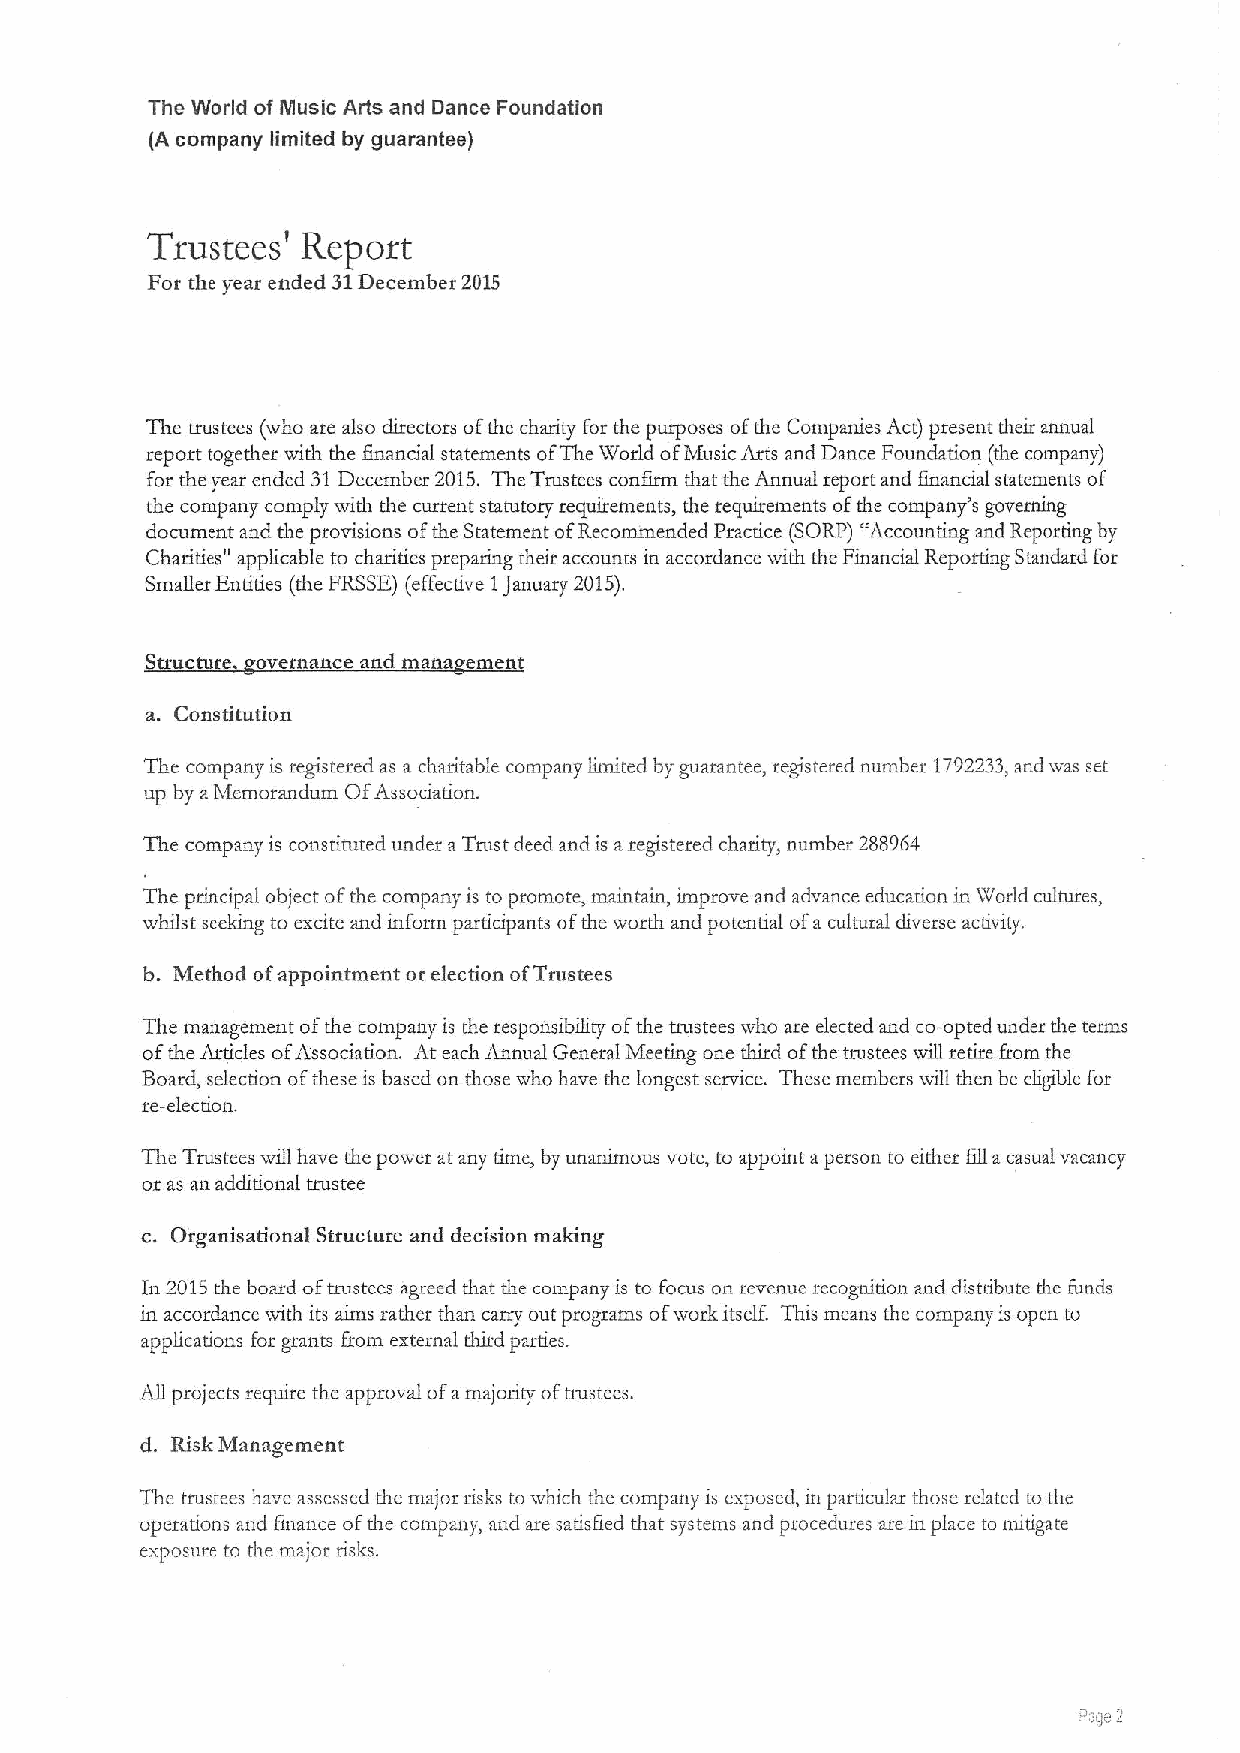
The World of Music Arts and Dance Foundation
 (A company limited by guarantee)
 Trustees' Report
 For the year ended 31December 2015
 The trustees (who are also directors ofthe charity for the purposes ofthe Companies Act) present their annual
 report together with the financial statements ofThe 'World ofMusic Atts and Dance Foundation (the company)
 for the year ended 31December 2015. The Trustees confirm that the Annual report and fmancial statements of
 the company comply with the current statutory requirements, the tequirements ofthe company's governing
 document and the provisions ofthe Statement ofRecommended Practice (SORP) "Accounting and Reporting by
 Charitiess applicable to charities prepadng their accounts in accordance with the Financial Reporting Standard for
 Smaller Entities (the FRSSB)(effective 1January 2015).
 Structure overnance and mana ement
 a. Constitution
 The company is registered as a charitable compmy limited by guarantee, registered number 1792233,and was set
 up by aMemorandum OfAssociation.
 The company is constituted under aTrust deed and is aregistered charity, number 288964
 The principal object ofthe company is to promote, maintain, itnprove and advance education in World cultures,
 whilst seeking to excite and inform participants ofthe worth and potential ofa cultural diverse acdvity.
 b. Method ofappointment or election ofTtustees
 The management ofthe company is the responsibility ofthe tnistees who are elected and co-opted under the terms
 ofthe Articles ofAssociation. At each Annual General Meeting one third ofthe trustees will retire from the
 Board, selection ofthese is based on those who have the longest service. These members will then be eligible for
 re-election.
 The Trustees wiU have the power atany time, by unanimous vote, to appoint a person to either fill acasual vacancy
 or as an additional trustee
 c. Organisational Structure and decision making
 In 2015the board oftrustccs agreed that the company is to focus on rcvcnuc recognition and distribute thc funds
 in accordance with its aims rather than carry out programs ofuork itself. This means the company is open to
 applications Eor grants from external tltird parties.
 All projects requite the approval ofamajoiqty ofnatstees.
 d. Risk Management
 The trustees have assessed the major risks to which the company is exposed, in particular those related to the
 operations and finance ofthe company, and are satisfied that systems and procedures are in place to mitigate
 exposure to the major. risks.